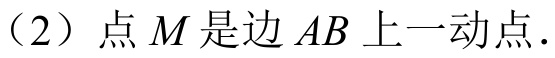
（2）点\(M\)是边\(AB\)上一动点．